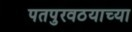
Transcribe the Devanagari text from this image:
पतपुरवठयाच्या